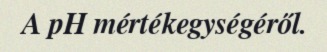
A pH mértékegységéről.